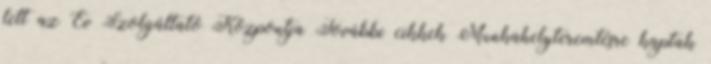
lett az Év Szolgáltató Központja További cikkek Munkahelyteremtésre kaptak